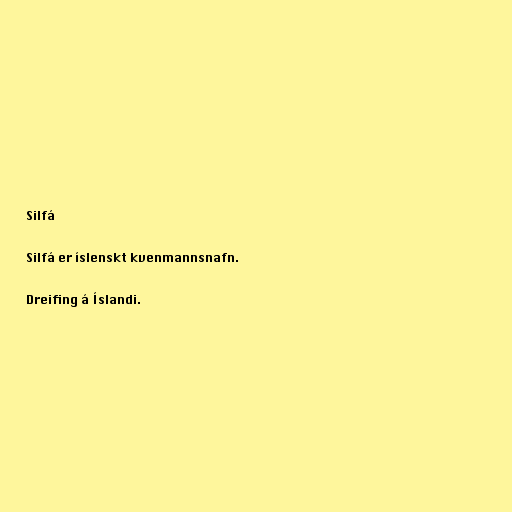
Silfá

Silfá er íslenskt kvenmannsnafn.

Dreifing á Íslandi.